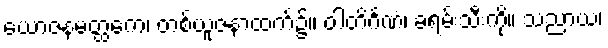
ယောဇနမတ္ထကေ၊ တစ်ယူဇနာထက်၌။ ဝါတိင်္ဂဏံ၊ ခရမ်းသီးကို။ သညာယ၊